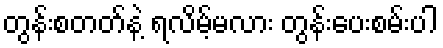
တွန်းစတတ်နဲ့ ရလိမ့်မလား တွန်းပေးစမ်းပါ